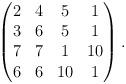
LaTeX: \begin{align*}\begin{pmatrix}2&4&5&1\\3&6&5&1\\7&7&1&10\\6&6&10&1\end{pmatrix}.\end{align*}